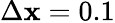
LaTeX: \Delta\mathbf{x}=0.1